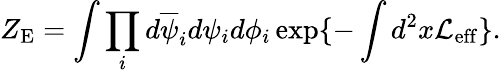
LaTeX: Z_{\mathrm{E}}=\int\prod_{i}d\overline{{{\psi}}}_{i}d\psi_{i}d\phi_{i}\exp\{ -\int d^{2}x{\cal L}_{\mathrm{eff}}\} .